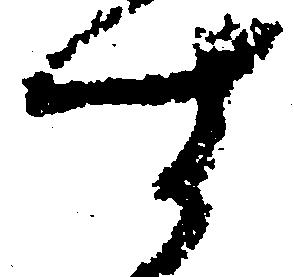
す